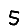
Digit: 5